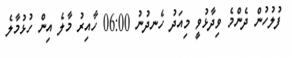
ފުލުހުން ދެންމެ ވިދާޅުވީ މިއަދު ހެނދުނު 06:00 ހާއިރު މާލެ އިން ހުޅުމާލެ